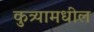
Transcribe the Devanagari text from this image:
कुत्र्यामधील